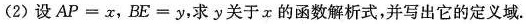
(2)设$$A P = x$$，$$B E = y$$，求y关于α的函数解析式，并写出它的定义域。